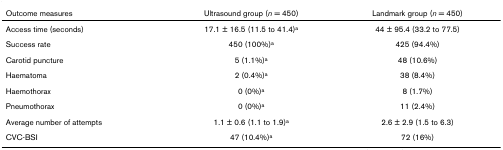
<table><thead><tr><td><b>Outcome measures</b></td><td><b>Ultrasound group (<i>n </i>= 450)</b></td><td><b>Landmark group (<i>n </i>= 450)</b></td></tr></thead><tbody><tr><td>Access time (seconds)</td><td>17.1 ± 16.5 (11.5 to 41.4)<sup>a</sup></td><td>44 ± 95.4 (33.2 to 77.5)</td></tr><tr><td>Success rate</td><td>450 (100%)<sup>a</sup></td><td>425 (94.4%)</td></tr><tr><td>Carotid puncture</td><td>5 (1.1%)<sup>a</sup></td><td>48 (10.6%)</td></tr><tr><td>Haematoma</td><td>2 (0.4%)<sup>a</sup></td><td>38 (8.4%)</td></tr><tr><td>Haemothorax</td><td>0 (0%)<sup>a</sup></td><td>8 (1.7%)</td></tr><tr><td>Pneumothorax</td><td>0 (0%)<sup>a</sup></td><td>11 (2.4%)</td></tr><tr><td>Average number of attempts</td><td>1.1 ± 0.6 (1.1 to 1.9)<sup>a</sup></td><td>2.6 ± 2.9 (1.5 to 6.3)</td></tr><tr><td>CVC-BSI</td><td>47 (10.4%)<sup>a</sup></td><td>72 (16%)</td></tr></tbody></table>